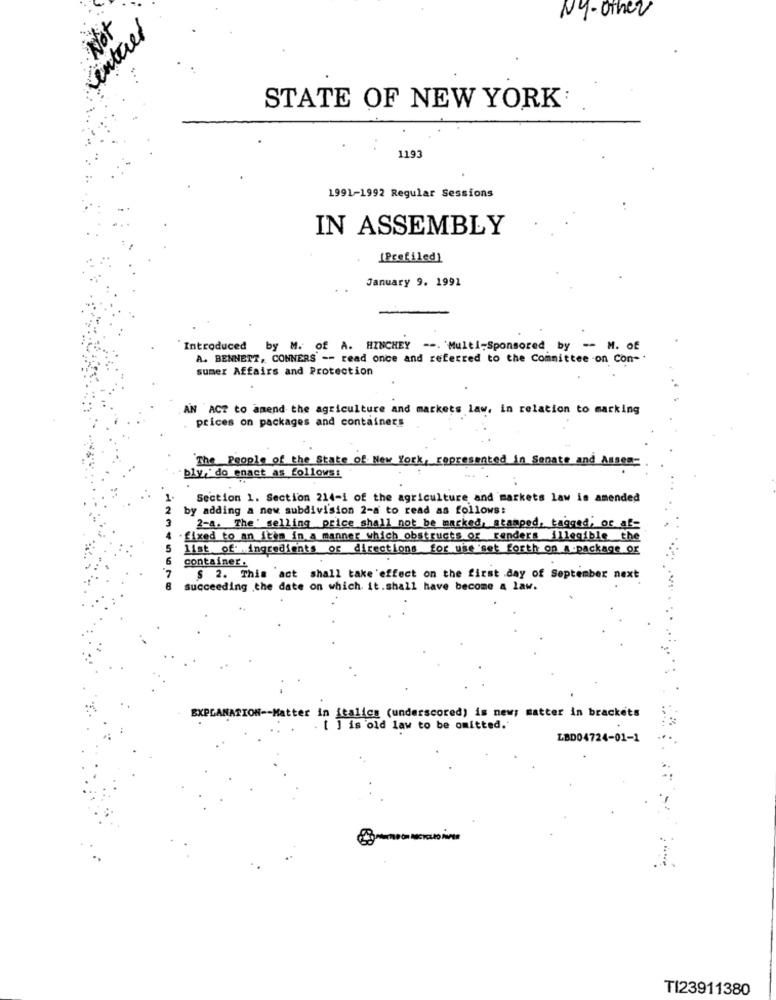
Ny-other
ventures
Not
STATE OF NEW YORK:
1193
1991-1992 Regular Sessions
IN ASSEMBLY
[Pcefiled)
January 9. 1991
Introduced by M. of A. HINCHEY --. Multi-Sponsored by -- M. Of
A. BENNETT, CONNERS -- read once and referred to the Committee on Con -*
sumer Affairs and Protection
AN ACT to amend the agriculture and markets law, in relation to marking
prices on packages and containers
The People of the State of New York, represented in Senate and Assen-
bly, do enact as follows:
Section 1. Section 214-1 of the agriculture and markets law is amended
by adding a new subdivision 2-a to read as follows:
2-a. The' selling price shall not be marked, stamped, tagged, or af
fixed to an item in a manner which obstructs or renders illegible the
list of ingredients of directions for uie set forth on a-package or
container.
$ 2. This 'act shall take'effect on the first day of September next
succeeding the date on which it.shall have become a law.
Matter in italics (underscored) is new; matter in brackets
[ ] is old law to be omitted.
LBD04724-01-1
TI23911380